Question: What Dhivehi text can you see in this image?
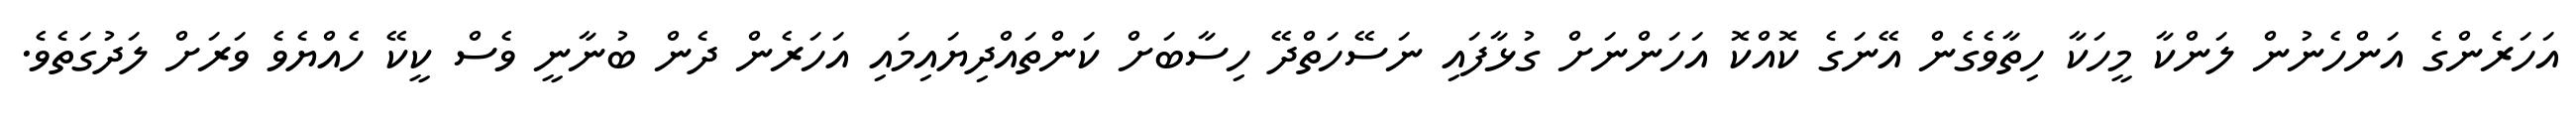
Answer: އަހަރެންގެ އަންހެނުން ލަންކާ މީހަކާ ހިތާވެގެން އޭނަގެ ކޮއްކޮ އަހަންނަށް ގުޅާފައި ނަސޭހަތްދޭ ހިސާބަށް ކަންތައްދިޔައިމައި އަހަރެން ދެން ބުނާނީ ވެސް ކީކޭ ހެއްޔެވެ ވަރަށް ލަދުގަތެވެ.